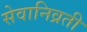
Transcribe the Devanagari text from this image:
सेवानिव्रती